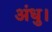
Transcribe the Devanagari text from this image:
अंधु।